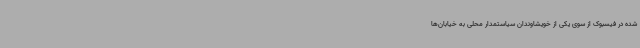
شده در فیسبوک از سوی یکی از خویشاوندان سیاستمدار محلی به خیابان‌ها